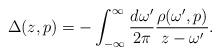
LaTeX: \begin{align*}\Delta (z,p) = - \int_{-\infty}^{\infty} \frac{d\omega'}{2\pi} \frac{\rho(\omega',p)}{z-\omega'}. \end{align*}